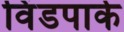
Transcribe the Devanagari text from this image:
विंडपार्क